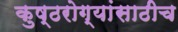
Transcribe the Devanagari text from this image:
कुष्ठरोग्यांसाठीच